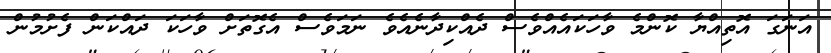
އަނަގަ އޮތިއްޔާ ކޮންމެ ވާހަކައެއްވެސް ދެއްކިދާނެއެވެ ނަަމަަވެސް އެގޮތަަށް ވާހަކަ ދައްކަން ފެށުމުން